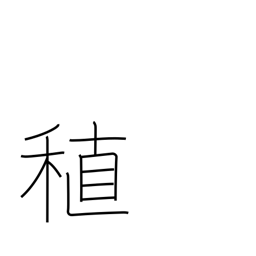
Meaning: early-maturing rice